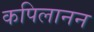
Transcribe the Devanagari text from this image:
कपिलानन